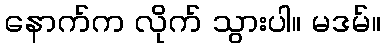
နောက်က လိုက် သွားပါ။ မဒမ်။